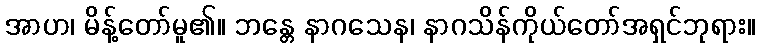
အာဟ၊ မိန့်တော်မူ၏။ ဘန္တေ နာဂသေန၊ နာဂသိန်ကိုယ်တော်အရှင်ဘုရား။